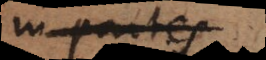
in partes